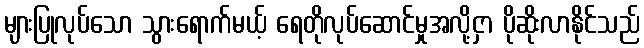
များပြုလုပ်သော သွားရောက်မယ့် ရေတိုလုပ်ဆောင်မှုအလို့ငှာ ပိုဆိုးလာနိုင်သည်